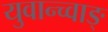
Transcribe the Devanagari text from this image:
युवान्च्वाङ्